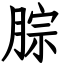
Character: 腙